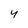
Character: 4